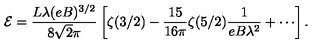
\mathcal { E } = \frac { L \lambda ( e B ) ^ { 3 / 2 } } { 8 \sqrt { 2 } \pi } \left[ \zeta ( 3 / 2 ) - \frac { 1 5 } { 1 6 \pi } \zeta ( 5 / 2 ) \frac { 1 } { e B \lambda ^ { 2 } } + \cdots \right] .